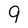
Character: 9